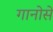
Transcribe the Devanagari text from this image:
गानोसे